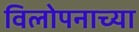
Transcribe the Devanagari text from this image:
विलोपनाच्या